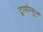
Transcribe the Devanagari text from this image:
ट्रायोम्यून